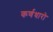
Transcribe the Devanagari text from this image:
कर्णधारो